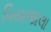
પિયાજાલા